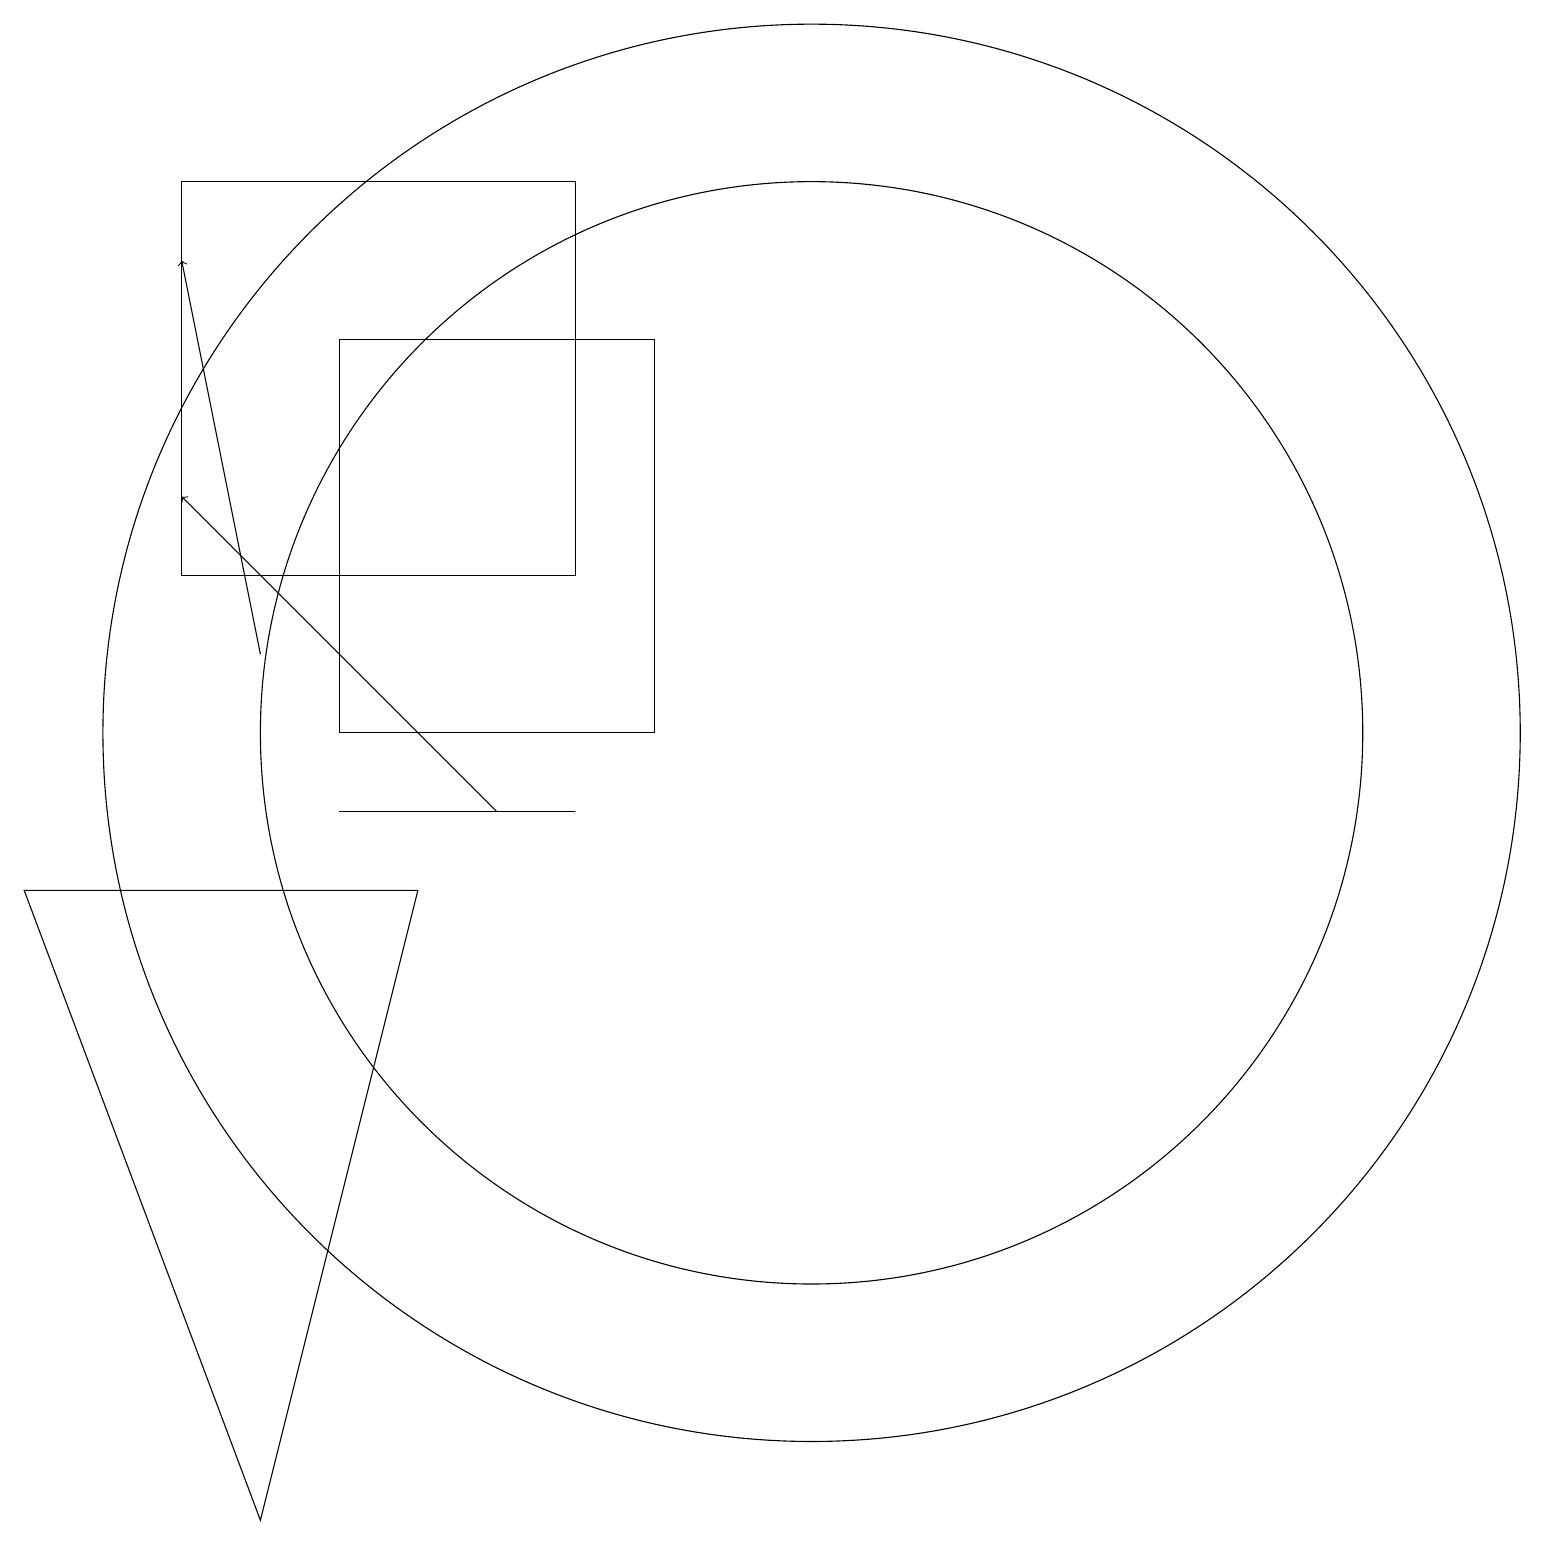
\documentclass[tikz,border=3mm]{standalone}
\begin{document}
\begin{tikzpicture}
\draw (7,10) rectangle (4,10);
\draw (2,13) rectangle (7,18);
\draw (5,9) -- (0,9) -- (3,1) -- cycle;
\draw (10,11) circle (7);
\draw (8,11) rectangle (4,16);
\draw (10,11) circle (9);
\draw[->] (6,10) -- (2,14);
\draw[->] (3,12) -- (2,17);
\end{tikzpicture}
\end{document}